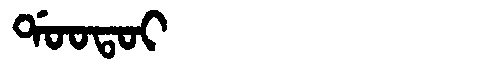
Manchu: ᡩᠣᠣᡨᠣᡳ
Romanization: DOOTOI